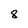
Character: 8